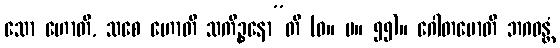
သော ဟောတိ, သစေ ဟောတိ သကိဉ္စနော”တိ (ဓ။ ပ။ ၅၅)။ ဂေါတမောတိ ဘဂဝန္တံ